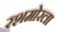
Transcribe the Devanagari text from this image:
रशमोरला